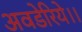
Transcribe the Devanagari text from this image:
अवडेरिये।।